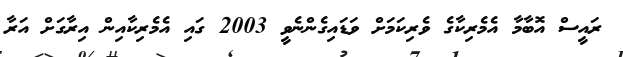
ރައީސް އޮބާމާ އެމެރިކާގެ ވެރިކަމަށް ވަޑައިގެންނެވީ 2003 ގައި އެމެރިކާއިން އިރާގަށް އަރާ